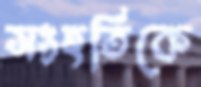
সংহতিকে